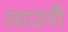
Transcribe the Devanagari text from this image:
लाउनी